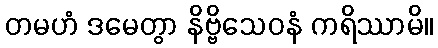
တမဟံ ဒမေတွာ နိဗ္ဗိသေဝနံ ကရိဿာမိ။